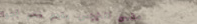
مقهى النرجس يقدم لكم أجوا